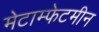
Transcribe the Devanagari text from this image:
मेटाम्फेटमीन